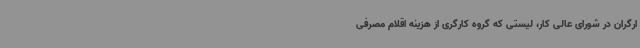
ارگران در شورای عالی کار، لیستی که گروه کارگری از هزینه اقلام مصرفی